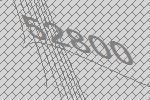
52800